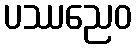
ပဿညေဝ